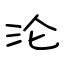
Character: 沦